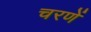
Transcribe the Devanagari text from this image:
चरणें